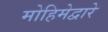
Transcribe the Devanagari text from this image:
मोहिमेद्वारे